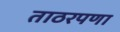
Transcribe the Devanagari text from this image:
ताठरपणा